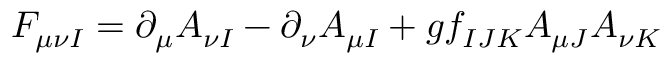
F _ { \mu \nu I } = \partial _ { \mu } A _ { \nu I } - \partial _ { \nu } A _ { \mu I } + g f _ { I J K } A _ { \mu J } A _ { \nu K }